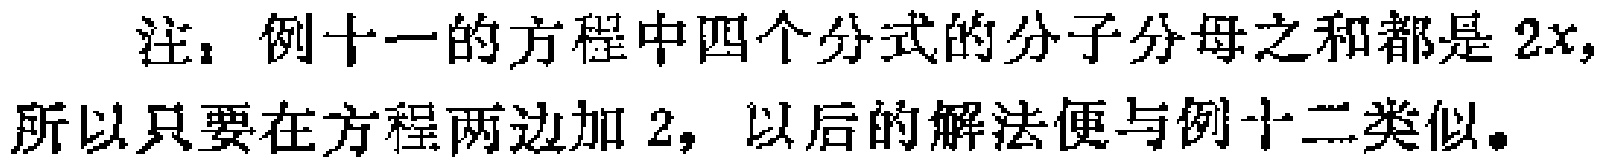
注：例十一的方程中四个分式的分子分母之和都是 \(2x\)，所以只要在方程两边加 \(2\)，以后的解法便与例十二类似。